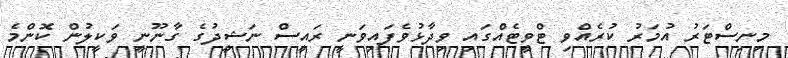
މިނިސްޓަރު އުމަރު ކުރެއްވި ޓްވީޓެއްގައި ވިދާޅުވެފައިވަނީ ރައީސް ނަޝީދުގެ ގާނޫނީ ވަކީލުން ކޮންމެ